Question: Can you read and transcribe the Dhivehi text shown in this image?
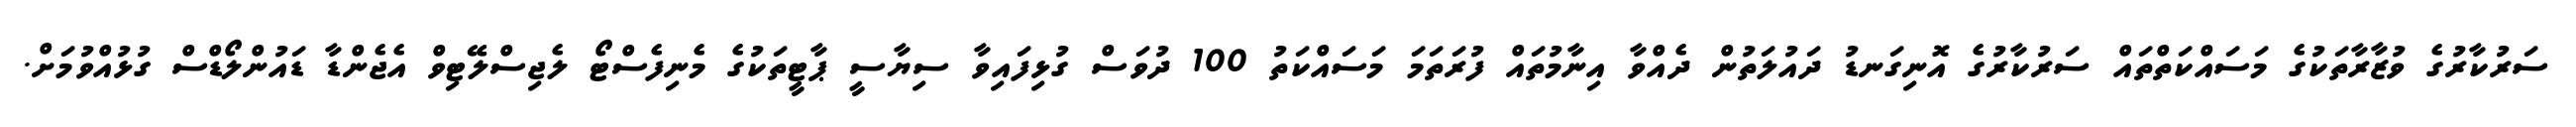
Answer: ސަރުކާރުގެ ވުޒާރާތަކުގެ މަސައްކަތްތައް ސަރުކާރުގެ އޮނިގަނޑު ދައުލަތުން ދެއްވާ އިނާމުތައް ފުރަތަމަ މަސައްކަތު 100 ދުވަސް ގުޅިފައިވާ ސިޔާސީ ޕާޓީތަކުގެ މެނިފެސްޓޯ ލެޖިސްލޭޓިވް އެޖެންޑާ ޑައުންލޯޑްސް ގުޅުއްވުމަށް.